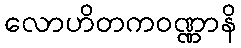
လောဟိတကဝဏ္ဏာနိ